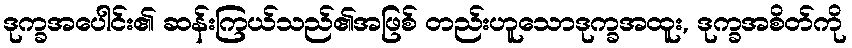
ဒုက္ခအပေါင်း၏ ဆန်းကြယ်သည်၏အဖြစ် တည်းဟူသောဒုက္ခအထူး, ဒုက္ခအစိတ်ကို